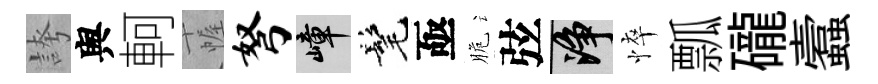
誇舆軻幄弩嶂髦亟脆弦净悴瓢礲蠧